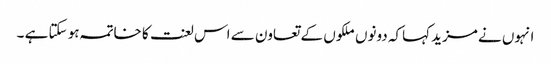
انہوں نے مزید کہاکہ دونوں ملکوں کے تعاون سے اس لعنت کا خاتمہ ہو سکتا ہے ۔